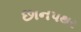
છાનપથર